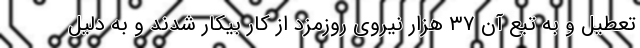
تعطیل و به تبع آن ۳۷ هزار نیروی روزمزد از کار بیکار شدند و به دلیل